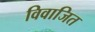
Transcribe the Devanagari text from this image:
विवाजित